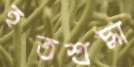
হতশ্রদ্ধা